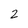
Character: 2